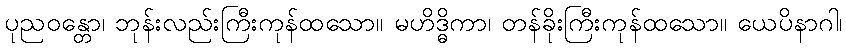
ပုညဝန္တော၊ ဘုန်းလည်းကြီးကုန်ထသော။ မဟိဒ္ဓိကာ၊ တန်ခိုးကြီးကုန်ထသော။ ယေပိနာဂါ၊